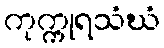
ကုက္ကုရသံဃံ